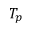
T _ { p }